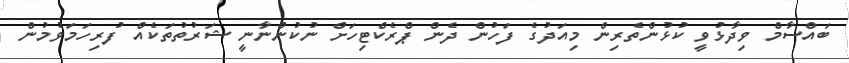
ބައްސާމް ވިދާޅުވީ ކުޅުންތެރިން މިއަދުގެ ފަހުން ދެން ޕްރެކްޓިހަށް ނުކުންނާނީ ޝަރުތުތަކެއް ފުރިހަމަވުމުން